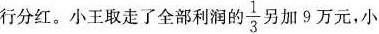
行分红。小王取走了全部利润的 \frac{1}{3}另加9万元，小